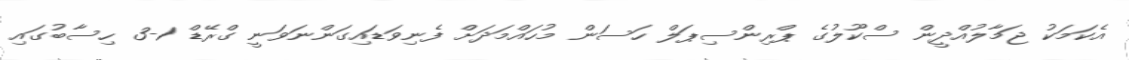
އެކަމަކު ޖަމާލުއްދީން ސްކޫލުގެ ޕްރިންސިޕަލް ހަސަން މުހައްމަދަށް ފެނިވަޑައިގަންނަވަނީ ގްރޭޑް 1-3 ހިސާބުގައި